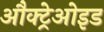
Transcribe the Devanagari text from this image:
औक्ट्रेओइड